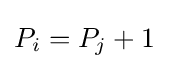
P_{i}=P_{j}+1